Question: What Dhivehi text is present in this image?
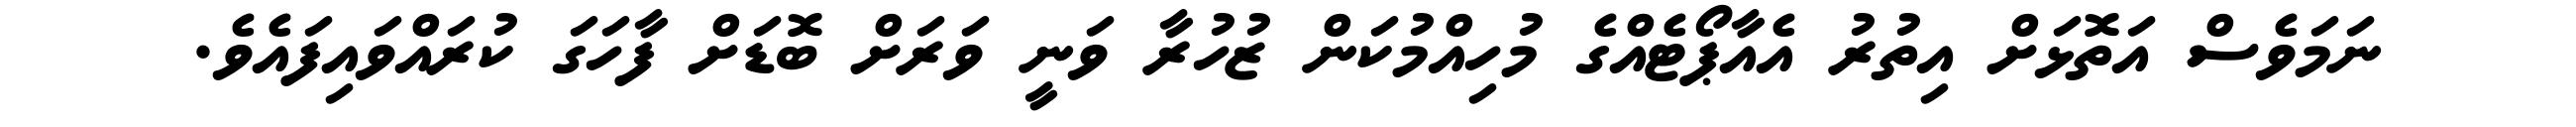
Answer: ނަމަވެސް އަތޮޅަށް އިތުރު އެއާޕޯޓެއްގެ މުހިއްމުކަން ޒުހުރާ ވަނީ ވަރަށް ބޮޑަށް ފާހަގަ ކުރައްވައިފައެވެ.